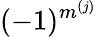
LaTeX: (-1)^{m^{(j)}}